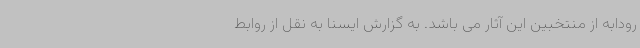
رودابه از منتخبین این آثار می باشد. به گزارش ایسنا به نقل از روابط